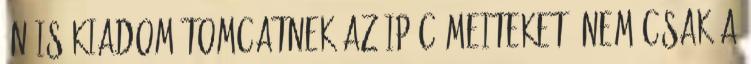
Én is kiadom Tomcatnek az IP-címeiteket, nem csak a